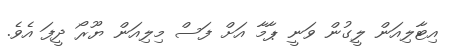
އިޓާލިއަން ލީގުން ވަނީ ޕާމާ އަށް ފަސް މިލިއަން ޔޫރޯ ދީފަ އެވެ.